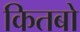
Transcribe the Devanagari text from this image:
कितबो